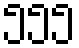
၅၅၅